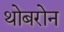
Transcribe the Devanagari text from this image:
थोबरोन